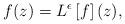
LaTeX: \begin{align*}f(z)=L^{\epsilon}\left[f\right](z),\end{align*}